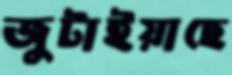
জুটাইয়াছে